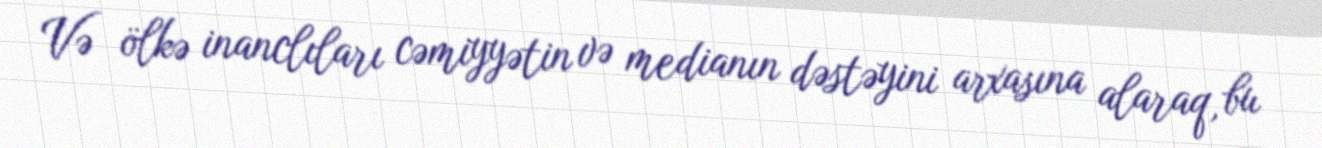
Və ölkə inanclıları cəmiyyətin və medianın dəstəyini arxasına alaraq, bu